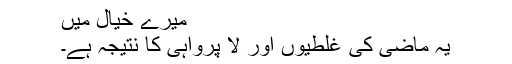
میرے خیال میں
یہ ماضی کی غلطیوں اور لا پرواہی کا نتیجہ ہے۔